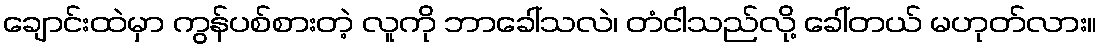
ချောင်းထဲမှာ ကွန်ပစ်စားတဲ့ လူကို ဘာခေါ်သလဲ၊ တံငါသည်လို့ ခေါ်တယ် မဟုတ်လား။